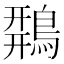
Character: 𪂍